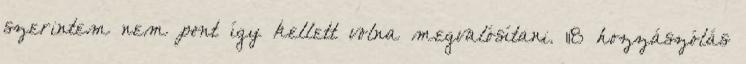
szerintem nem pont így kellett volna megvalósítani. 118 hozzászólás